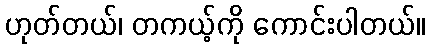
ဟုတ်တယ်၊ တကယ့်ကို ကောင်းပါတယ်။